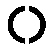
၀